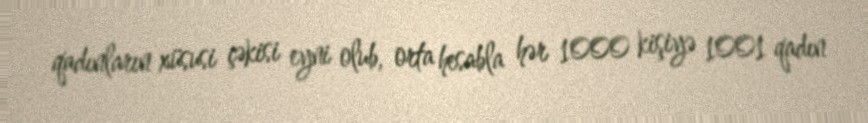
qadınların xüsusi çəkisi eyni olub, orta hesabla hər 1000 kişiyə 1001 qadın